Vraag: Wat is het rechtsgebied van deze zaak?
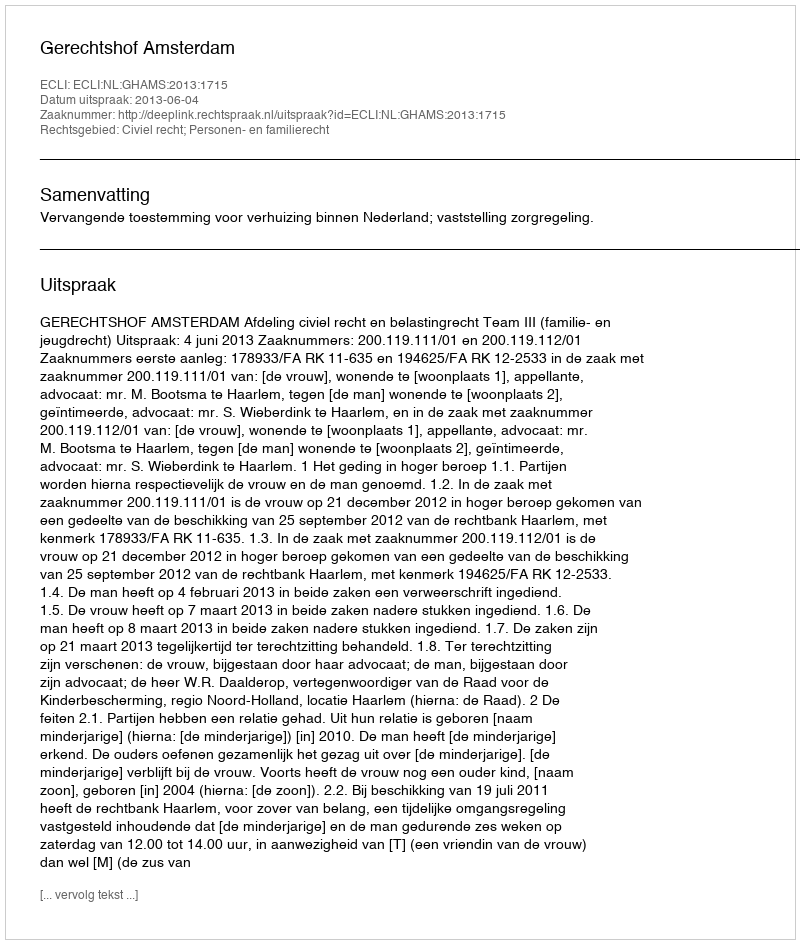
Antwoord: Civiel recht; Personen- en familierecht